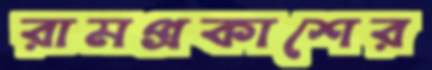
রামপ্রকাশের